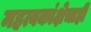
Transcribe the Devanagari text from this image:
महत्वकांक्षेचाही